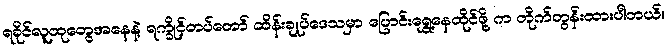
ရခိုင်လူထုတွေအနေနဲ့ ရက္ခိုင့်တပ်တော် ထိန်းချုပ်ဒေသမှာ ပြောင်းရွှေ့နေထိုင်ဖို့ က တိုက်တွန်းထားပါတယ်။